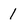
Character: 1